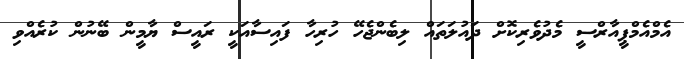
އެމްއެމްޕީއާރްސީ މެދުވެރިކޮށް ދައުލަތައް ލިބެންޖެހޭ ހުރިހާ ފައިސާއަކީ ރައީސް ޔާމީން ބޭނުން ކުރެއްވި